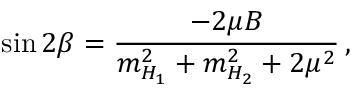
\sin 2 \beta = \frac { - 2 \mu B } { m _ { H _ { 1 } } ^ { 2 } + m _ { H _ { 2 } } ^ { 2 } + 2 \mu ^ { 2 } } \, ,